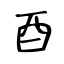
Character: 酉